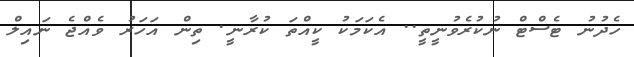
ހެދުނު ޓެސްޓް ނުކުރެވުނީތީ.. އެކަމަކު ކީއްތަ ކުރާނީ. ތިން އަހަރު ވެއްޖެ ނައިލް